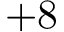
+ 8